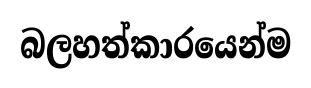
බලහත්කාරයෙන්ම